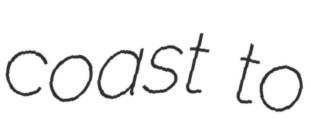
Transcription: coast to